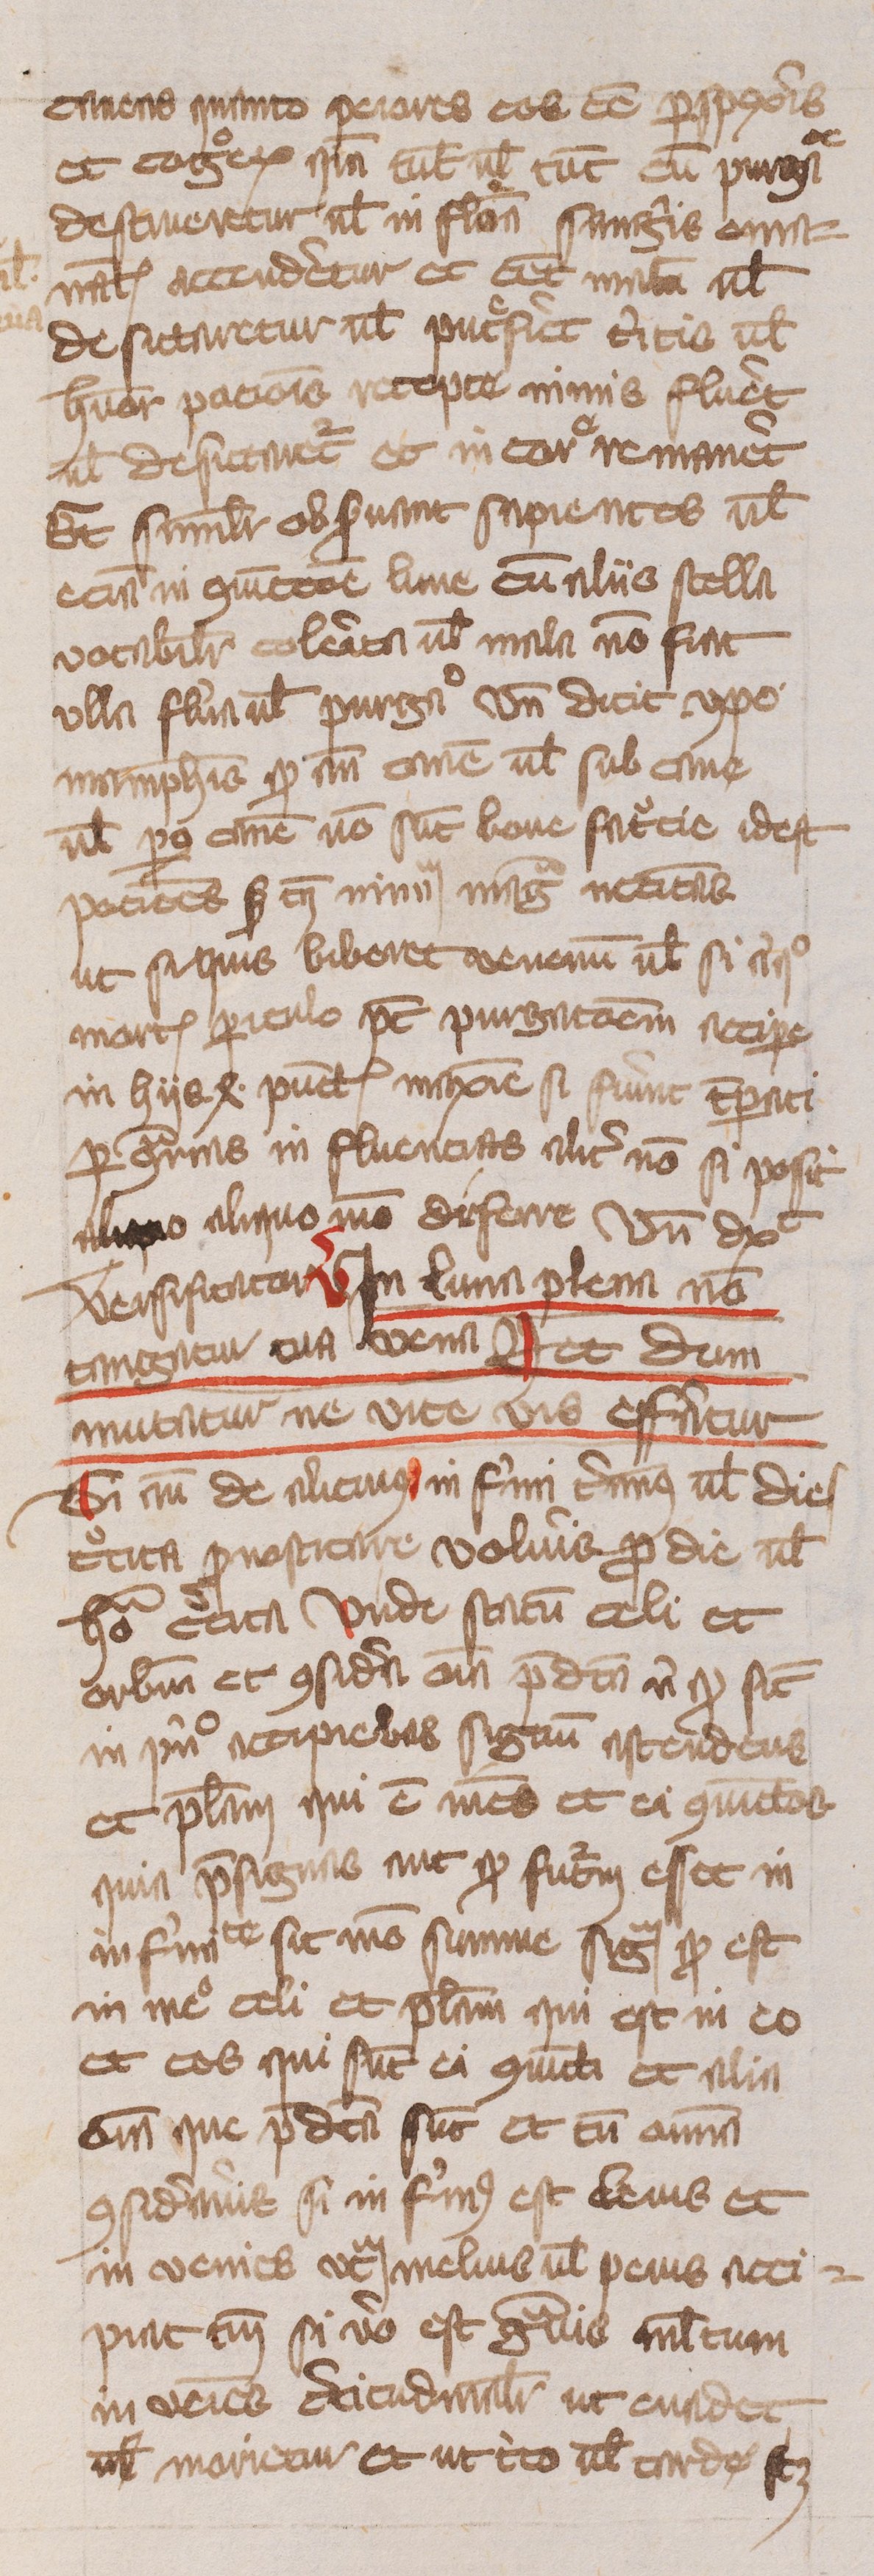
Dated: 1400–1499